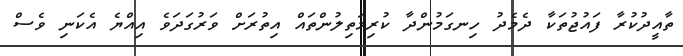
ތާއީދުކުރާ ފައުޖުތަކާ ދެމެދު ހިނގަމުންދާ ކުރިމަތިލުންތައް އިތުރަށް ވަރުގަދަވެ އިއްޔެ އެކަނި ވެސް